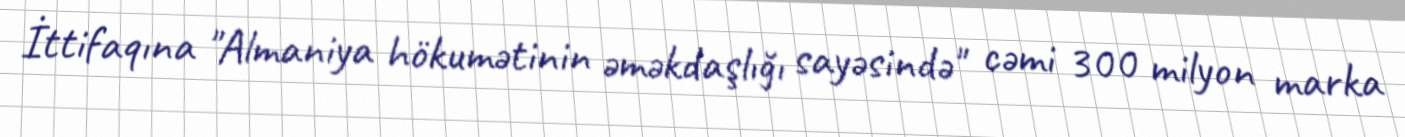
İttifaqına "Almaniya hökumətinin əməkdaşlığı sayəsində" cəmi 300 milyon marka